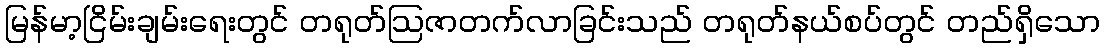
မြန်မာ့ငြိမ်းချမ်းရေးတွင် တရုတ်ဩဇာတက်လာခြင်းသည် တရုတ်နယ်စပ်တွင် တည်ရှိသော